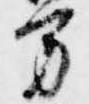
方